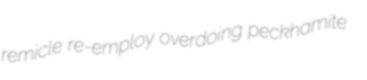
remicle re-employ overdoing peckhamite